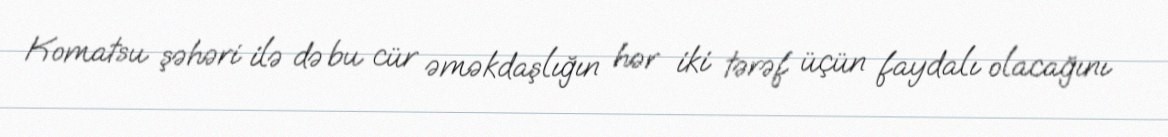
Komatsu şəhəri ilə də bu cür əməkdaşlığın hər iki tərəf üçün faydalı olacağını